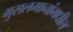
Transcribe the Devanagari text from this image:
मुसलमानांमधील